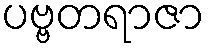
ပဗ္ဗတရာဇာ